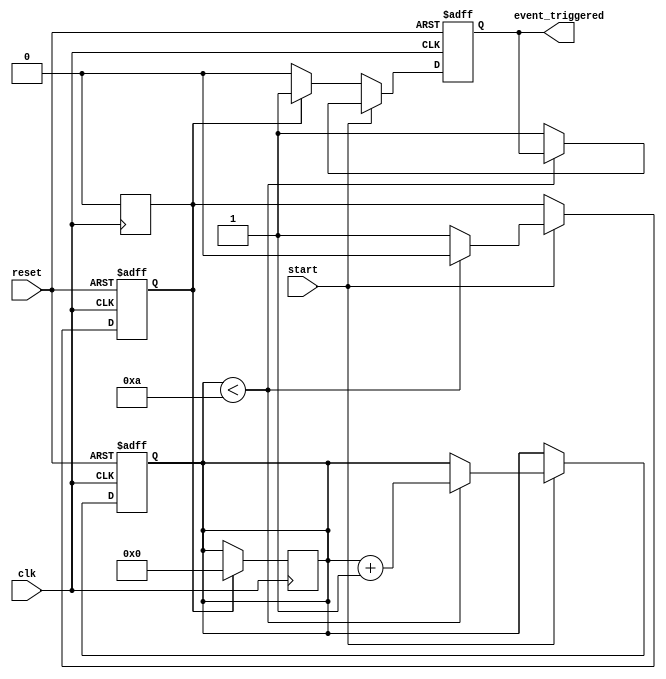
module TimerControlledEvent (
    input wire clk,               // Clock signal
    input wire reset,             // Asynchronous reset signal
    input wire start,             // Control signal to initiate the timer
    output reg event_triggered     // Signal indicating when the event has been triggered
);

    // Parameters
    parameter THRESHOLD = 10;     // Define the threshold value for timer expiration

    // Internal signals
    reg [3:0] timer_count;         // Counter for elapsed time (4 bits for up to 15)
    reg timer_expired;             // Flag for timer expiration

    // Asynchronous reset and timer control
    always @(posedge clk or posedge reset) begin
        if (reset) begin
            timer_count <= 4'b0000;  // Reset timer count
            event_triggered <= 1'b0;  // Deactivate event
            timer_expired <= 1'b0;    // Clear timer expired flag
        end else if (start) begin
            // Timer counting logic
            if (timer_count < THRESHOLD) begin
                timer_count <= timer_count + 1;  // Increment timer count
                timer_expired <= 1'b0;             // Timer not expired yet
            end else begin
                timer_expired <= 1'b1;              // Timer has expired
                event_triggered <= 1'b1;            // Trigger the event
            end
        end else begin
            // If start is not asserted, maintain current state
            if (timer_expired) begin
                event_triggered <= 1'b1;            // Keep event triggered until reset
            end else begin
                event_triggered <= 1'b0;             // Deactivate event if timer not expired
            end
        end
    end

    // Resetting the timer count after event is triggered (optional: single shot behavior)
    always @(posedge clk) begin
        if (timer_expired) begin
            timer_count <= 4'b0000;  // Reset timer count after the event
            timer_expired <= 1'b0;    // Clear timer expired flag for next event
        end
    end

endmodule